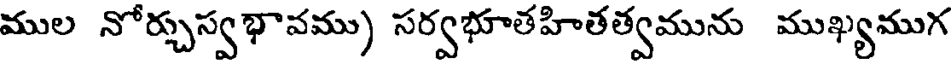
ముల నోర్చుస్వభావము) సర్వభూతహితత్వమును ముఖ్యముగ